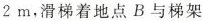
2m，滑梯着地点B与梯架